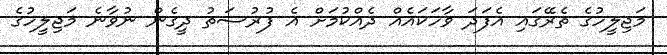
މަޖިލީހުގެ ތެރޭގައި އެފަދަ ވާހަކައެއް ދެއްކުމަށް އެ ފުރުސަތު ދީގެން ނުވާނެ މަޖިލީހުގެ